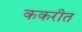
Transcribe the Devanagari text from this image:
ककरीत